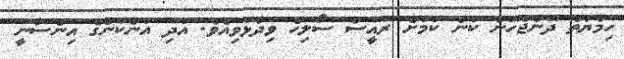
ހިމާޔަތް ދޭންޖެހޭނެ ކަން ކަމަށް ރައީސް ސޯލިހް ވިދާޅުވިއެވެ. އަދި އަނެކުންގެ އިންސާނީ